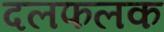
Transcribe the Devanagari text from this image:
दलफलक